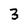
Character: 3